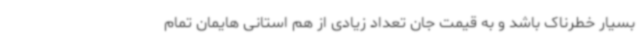
بسیار خطرناک باشد و به قیمت جان تعداد زیادی از هم استانی هایمان تمام